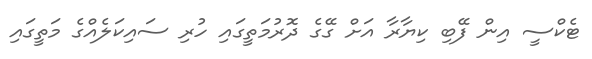
ޓެކްސީ އިން ފޭބި ކިޔާރާ އަށް ގޭގެ ދޮރުމަތީގައި ހުރި ސައިކަލެއްގެ މަތީގައި